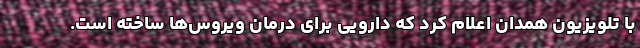
با تلویزیون همدان اعلام کرد که دارویی برای درمان ویروس‌ها ساخته ‌است.